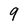
Character: 9